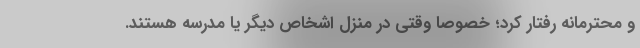
و محترمانه رفتار کرد؛ خصوصا وقتی در منزل اشخاص دیگر یا مدرسه هستند.